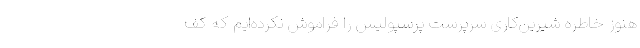
هنوز خاطره شیرین‌کاری‌ سرپرست پرسپولیس را فراموش نکرده‌ایم که کف